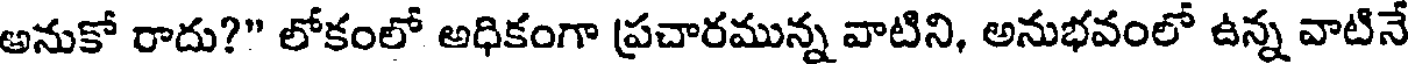
అనుకో రాదు?" లోకంలో అధికంగా ప్రచారమున్న వాటిని, అనుభవంలో ఉన్న వాటినే